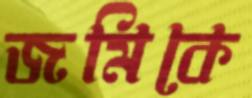
জমিকে